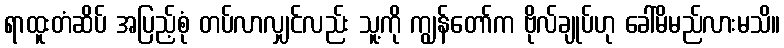
ရာထူးတံဆိပ် အပြည့်စုံ တပ်လာလျှင်လည်း သူ့ကို ကျွန်တော်က ဗိုလ်ချုပ်ဟု ခေါ်မိမည်လားမသိ။